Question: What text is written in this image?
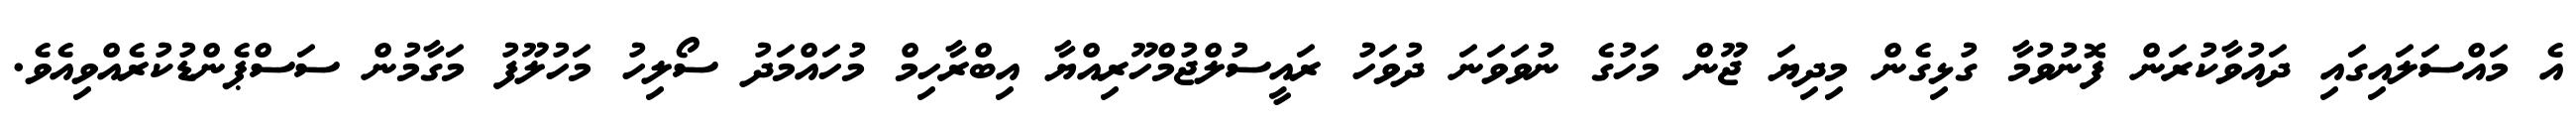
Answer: އެ މައްސަލައިގައި ދައުވާކުރަން ފޮނުވުމާ ގުޅިގެން މިދިޔަ ޖޫން މަހުގެ ނުވަވަނަ ދުވަހު ރައީސުލްޖުމްހޫރިއްޔާ އިބްރާހިމް މުހައްމަދު ސޯލިހު މަހުލޫފު މަގާމުން ސަސްޕެންޑުކުރެއްވިއެވެ.